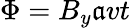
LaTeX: \Phi=B_{y}\mathfrak{a}vt